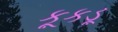
કૂકડૂ